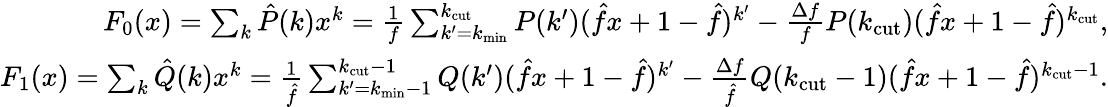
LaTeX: \begin{array}{r}{F_{0}(x)=\sum_{k}\hat{P}(k)x^{k}=\frac{1}{f}\sum_{k^{\prime}=k_{\mathrm{min}}}^{k_{\mathrm{cut}}}P(k^{\prime})(\hat{f}x+1-\hat{f})^{k^{\prime}}-\frac{\Delta f}{f}P(k_{\mathrm{cut}})(\hat{f}x+1-\hat{f})^{k_{\mathrm{cut}}},}\\ {F_{1}(x)=\sum_{k}\hat{Q}(k)x^{k}=\frac{1}{\hat{f}}\sum_{k^{\prime}=k_{\mathrm{min}}-1}^{k_{\mathrm{cut}}-1}Q(k^{\prime})(\hat{f}x+1-\hat{f})^{k^{\prime}}-\frac{\Delta f}{\hat{f}}Q(k_{\mathrm{cut}}-1)(\hat{f}x+1-\hat{f})^{k_{\mathrm{cut}}-1}.}\end{array}